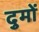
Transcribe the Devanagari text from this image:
दुमों